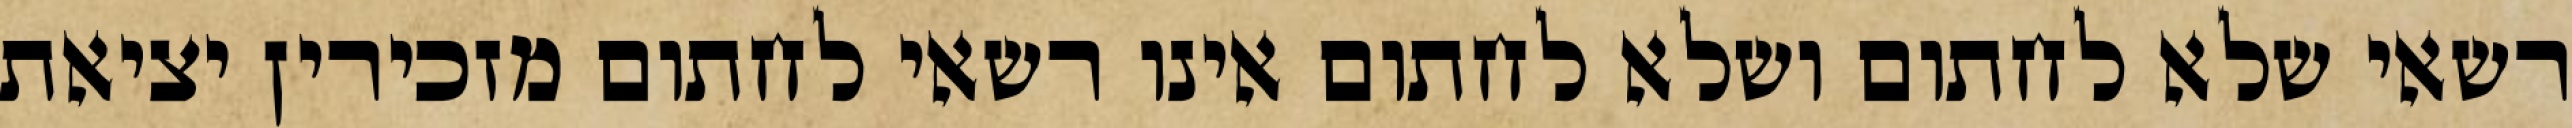
רשאי שלא לחתום ושלא לחתום אינו רשאי לחתום מזכירין יציאת